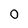
Character: 0